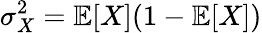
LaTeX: \sigma_{X}^{2}=\mathbb{E}[X](1-\mathbb{E}[X])